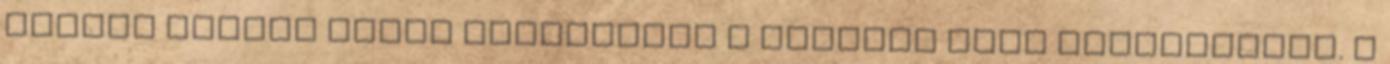
család minden tagja megtalálja a kedvére való szórakozást. A